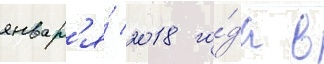
январ'я́ 2018 го́да в